Civil Veterinary Dept. Bombay admin report 1893-99 - 1893-1899
Year: 1893
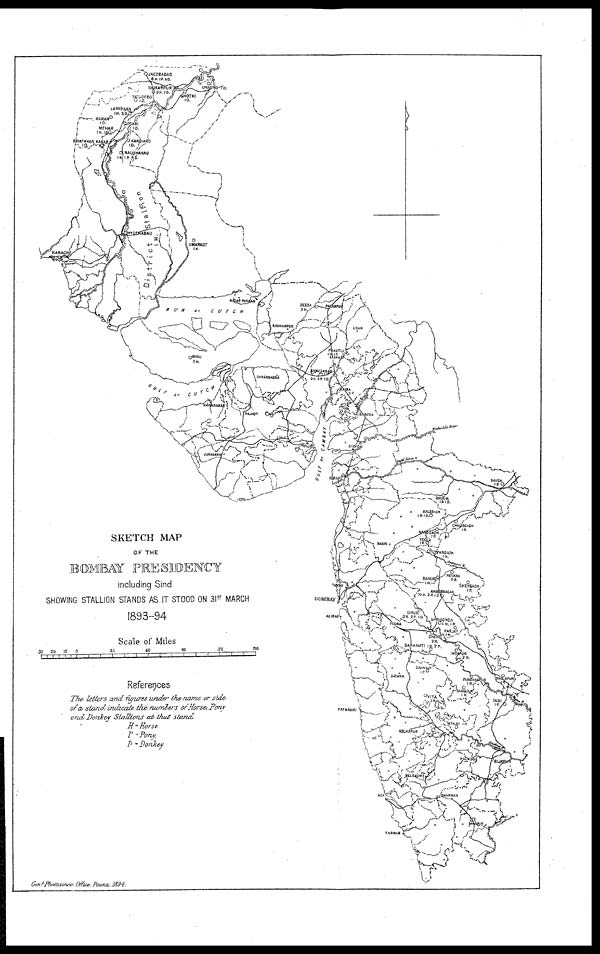
SKETCH MAP
OF THE
BOMBAY PRESIDENCY
including Sind
SHOWING STALLION STANDS AS IT STOOD ON 31 ST MARCH
1893-94
Scale of Miles
References
The letters and figures under the name or side
of a stand indicate the numbers or Horse, Pony
and Donkey Stallions at that stand
H = Horse.
P = Pony.
D = Donkey
Govt. Photozinco, Office Poona, 1894.